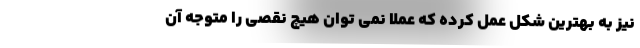
نیز به بهترین شکل عمل کرده که عملا نمی توان هیچ نقصی را متوجه آن